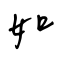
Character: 如